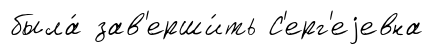
была́ зав'ерши́ть С'ерг'еjевна